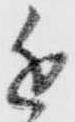
近